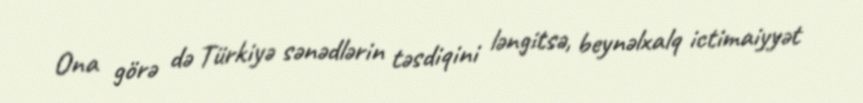
Ona görə də Türkiyə sənədlərin təsdiqini ləngitsə, beynəlxalq ictimaiyyət